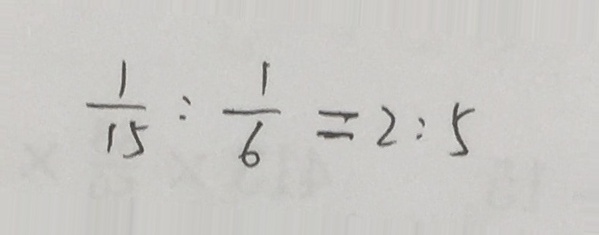
\frac { 1 } { 1 5 } : \frac { 1 } { 6 } = 2 : 5